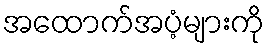
အထောက်အပံ့များကို